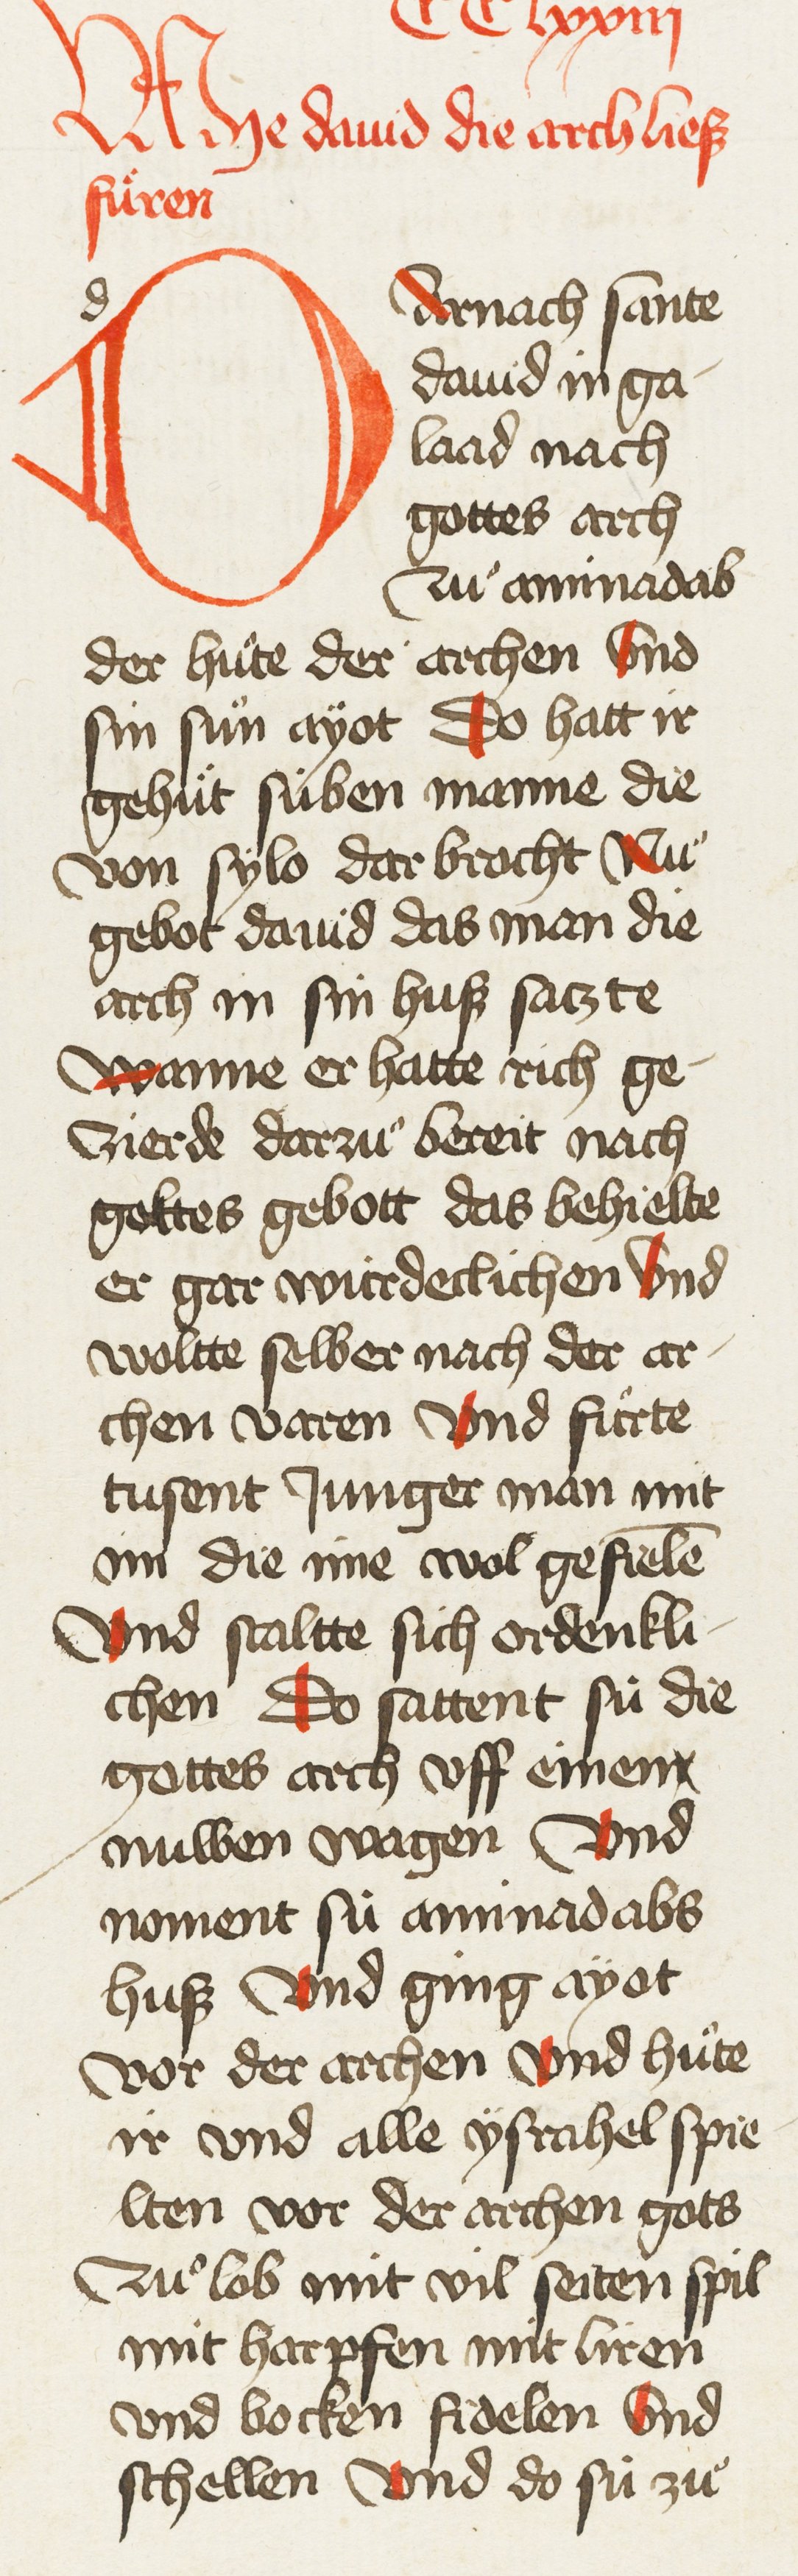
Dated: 1435–1465